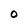
Character: 0